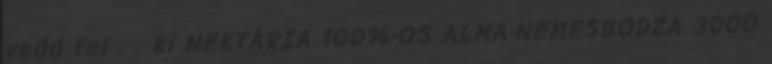
vedd fel . . ki NEKTÁRIA 100%-OS ALMA-NEMESBODZA 3000